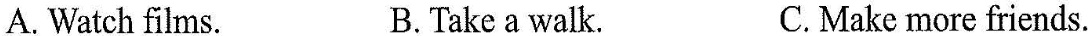
A. Watch films. B. Take a walk. C.Make more friends.